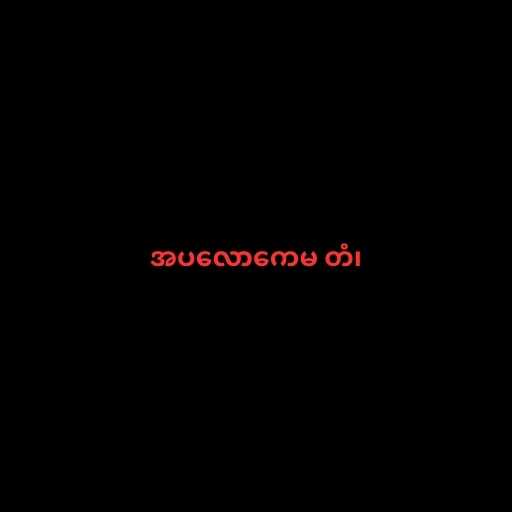
အပလောကေမ တံ၊